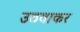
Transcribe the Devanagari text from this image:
उठवाकर